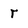
Character: r